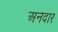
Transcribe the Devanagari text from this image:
अनदार